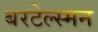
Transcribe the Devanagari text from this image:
बरटेल्स्मन